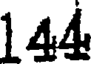
144